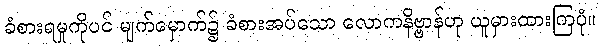
ခံစားရမှုကိုပင် မျက်မှောက်၌ ခံစားအပ်သော လောကနိဗ္ဗာန်ဟု ယူမှားထားကြပုံ။